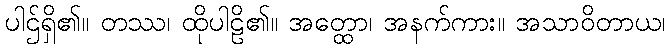
ပါဌ်ရှိ၏။ တဿ၊ ထိုပါဠိ၏။ အတ္ထော၊ အနက်ကား။ အသာဝိတာယ၊